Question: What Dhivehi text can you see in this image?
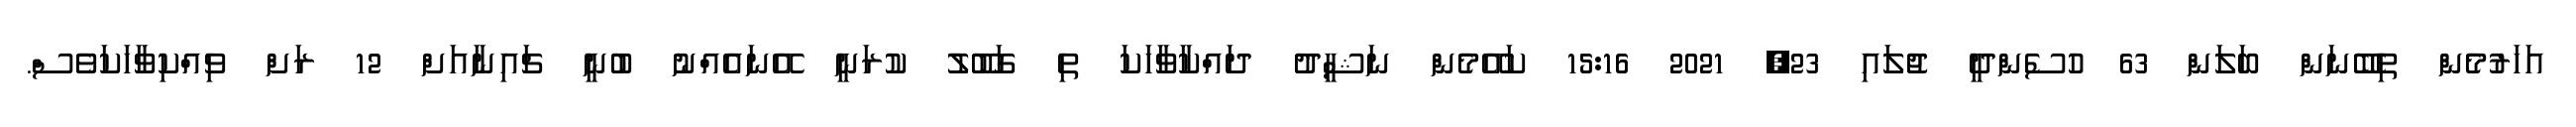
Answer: އަހަރުމެން ތިބޭނަން ބަލަން 63 ހުސެންދީ ޖުލައި 23, 2021 15:16 ކައޭމެން ނަޝީދު ދައްކާވާހަކަ ތި ގަބޫލު ކުރަނީ އޭނައެއްނު ބުނީ ޗައިނާއަށް 12 ރަށް ވިއްކިވާހަކަވެސް.